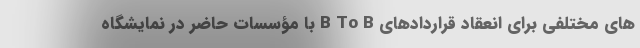
های مختلفی برای انعقاد قراردادهای B To B با مؤسسات حاضر در نمایشگاه